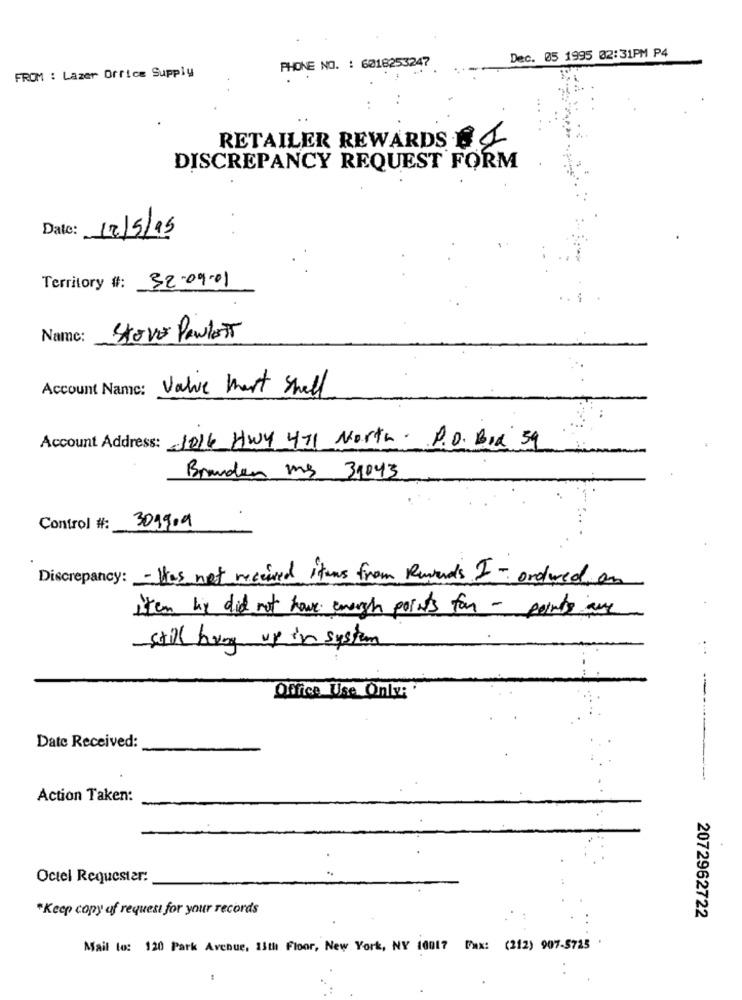
Dec. 05 1995 02:31PM P4
FROM : Lazer Office Supply
PHONE NO. : 6018253247.
RETAILER REWARDS &
DISCREPANCY REQUEST FORM
Date: 12/5/15
Territory #: 32.09.01
Name:
STOVE PaulETT
Account Name:
Valie Mart Shell
Account Address: 1016 Hwy 471 North. P.D. BIR 59
Branden my 31043
Control #:
301909
Discrepancy: - Has not received items from Rewards I - ordwed, on
item hy did not have enough points for - points any
still hung up in system
Office Use Only:
Date Received:
Action Taken:
Octel Requester:
*Keep copy af request for your records
2072962722
Mail to: 120 Park Avenue, 15th Floor, New York, NY 10017 Fax: (212) 907-5725 '